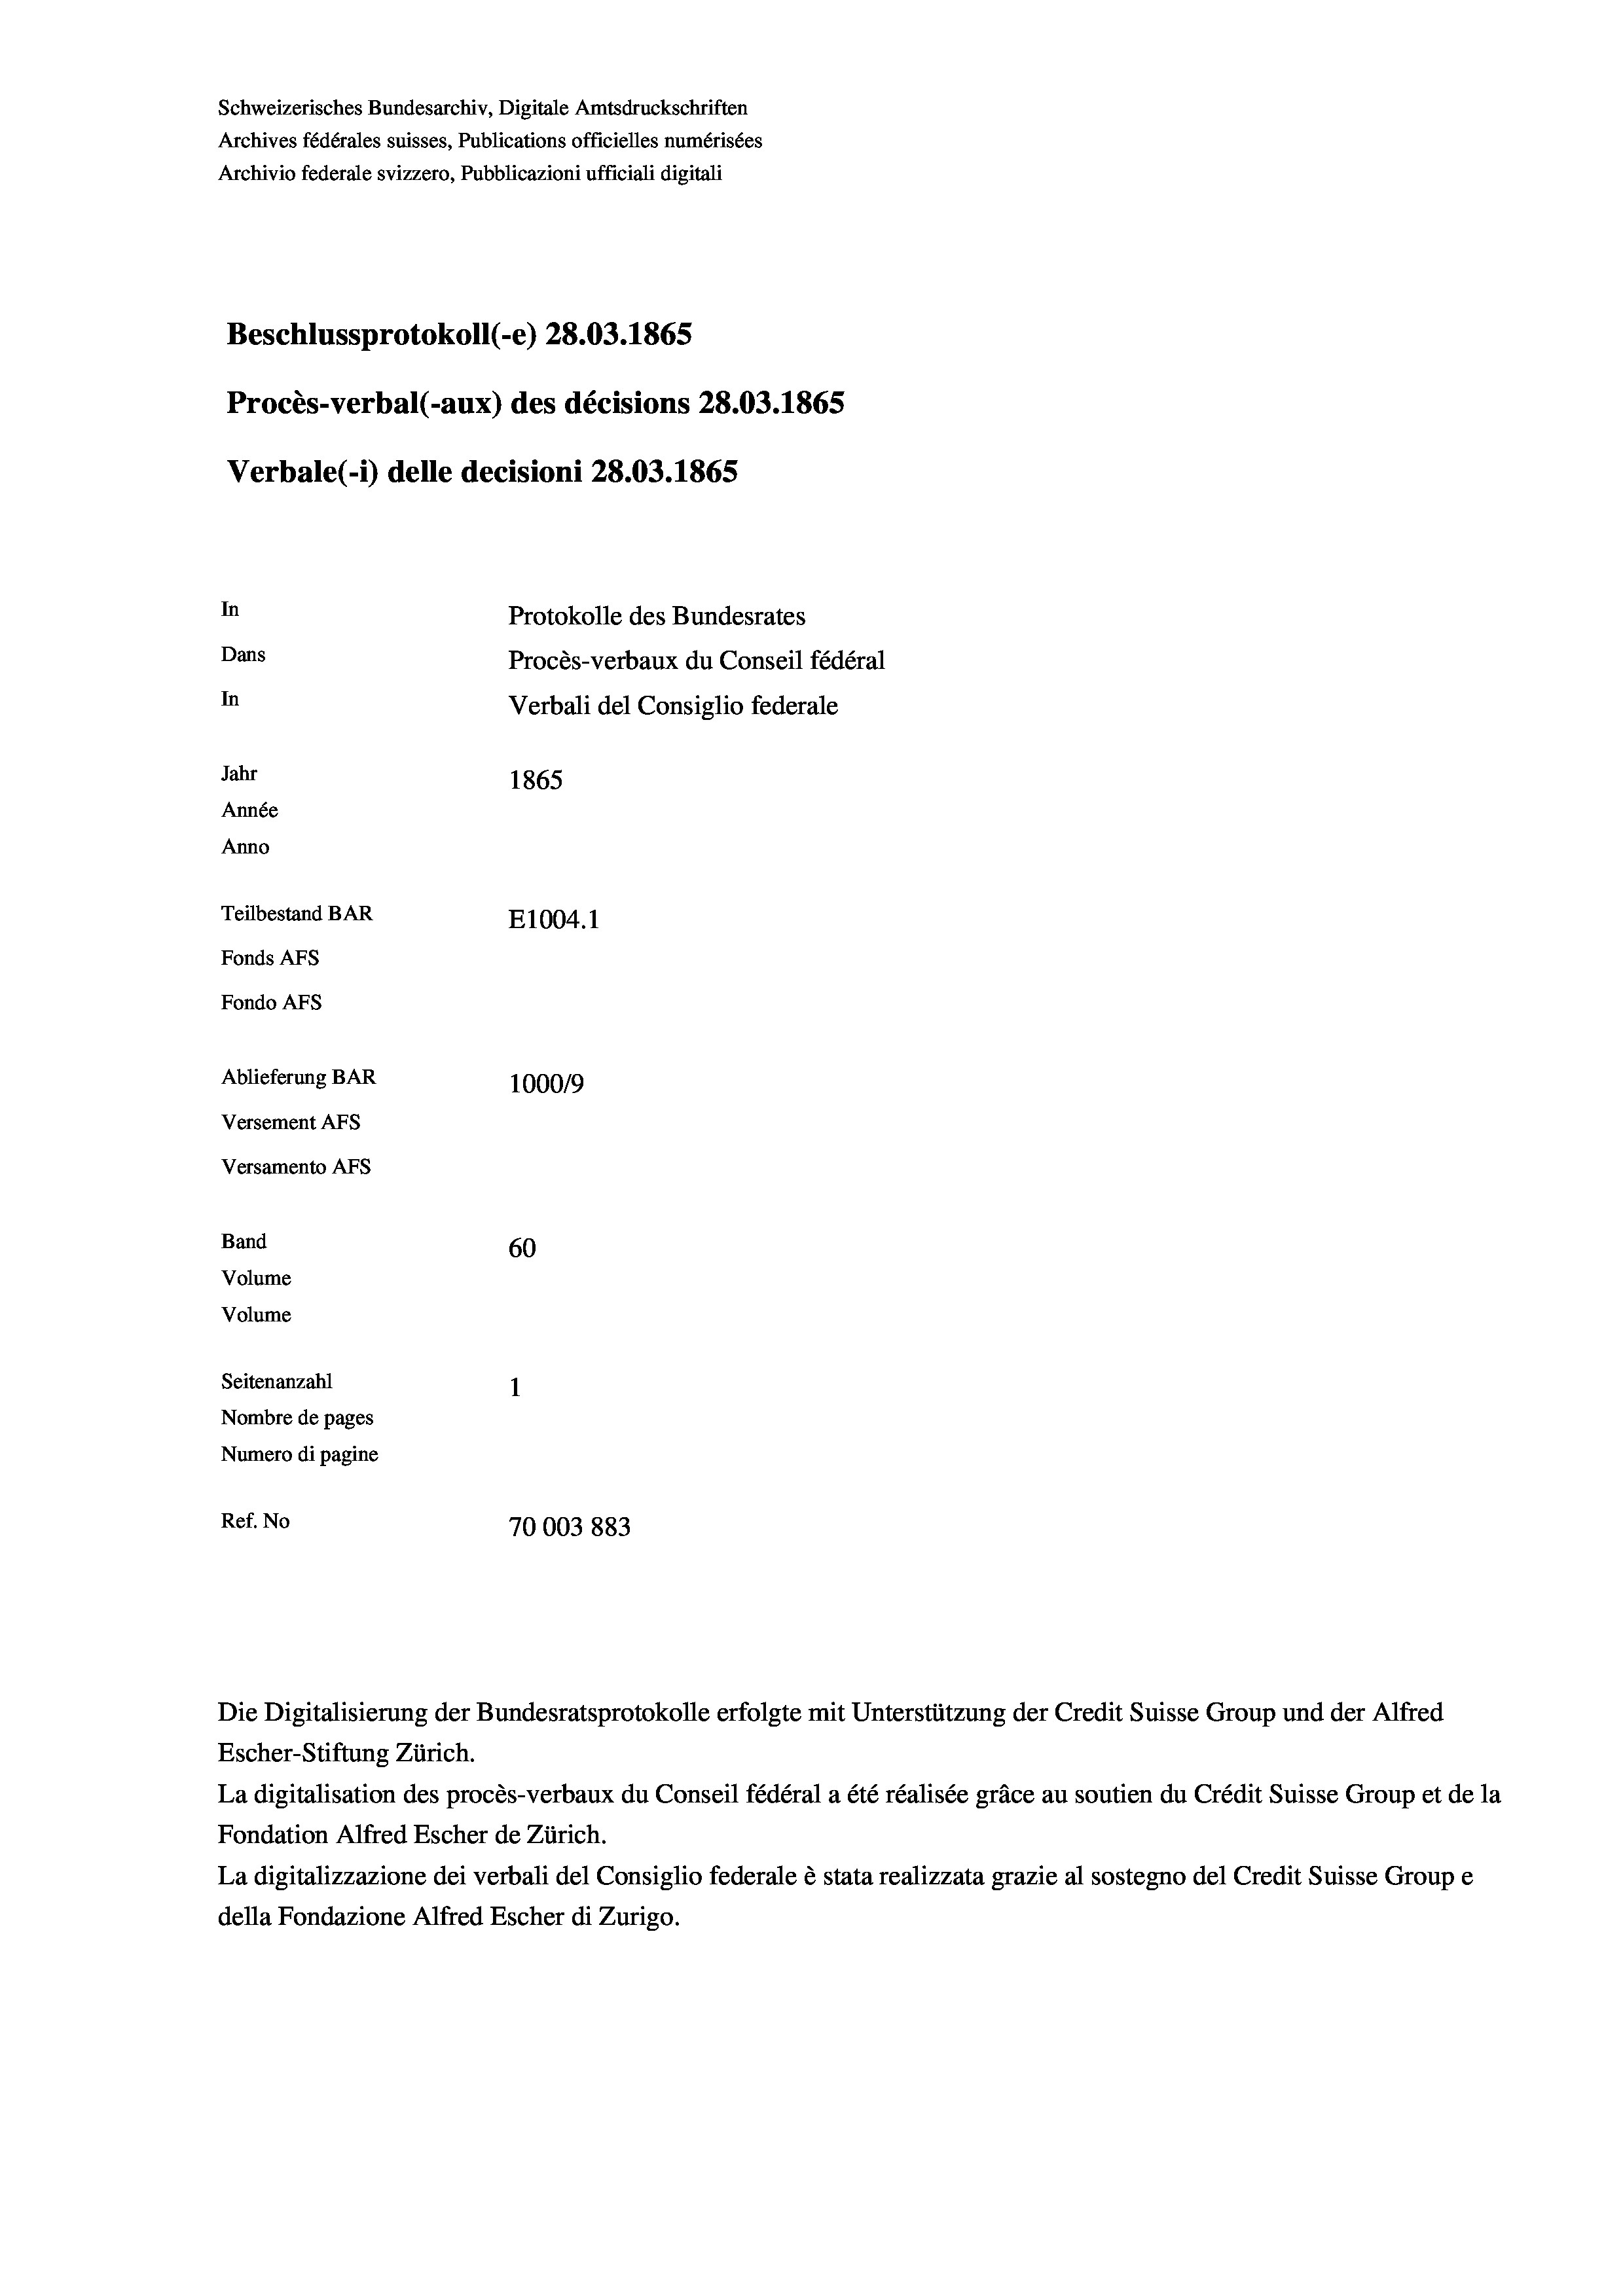
Schweizerisches Bundesarchiv, Digitale Amtsdruckschriften
Archives fédérales suisses, Publications officielles numérisées
Archivio federale svizzero, Pubblicazioni ufficiali digitali
Beschlussprotokoll (-e) 28.03. 1865
Procès-verbal (-aux) des décisions 28.03. 1865
Verbale (1) delle decisioni 28.03. 1865
In
Protokolle des Bundesrates
Dans
Procès-verbaux du Conseil fédéral
In
Verbali del Consiglio federale
Jahr
1865
Année
Anno
Teilbestand BAR
E1004. 1
Fonds AFs
Fondo AFS
Ablieferung BAR
100019
Versement Abs
Versamento Afs

60
Nombre de pages
Numero di pagine
Ref. No
70003883

Volume
Seitenanzahl

Band
Volume

Escher-Stiftung Zürich.
La digitalisation des procès-verbaux du Conseil fédéral a été réalisée gräce au soutien du Crédit Suisse Group et de la
Fondation Alfred Escher de Zürich.
La digitalizzazione dei verbali del Consiglio federale è stata realizzata grazie al sostegno del Credit Suisse Groupe
della Fondazione Alfred Escher di Zurigo.

Die Digitalisierung der Bundesratsprotokolle erfolgte mit Unterstützung der Credit Suisse Group und der Alfred